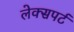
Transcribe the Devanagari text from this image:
लेक्सपर्ट